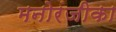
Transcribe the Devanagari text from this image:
मनोरंजीका